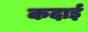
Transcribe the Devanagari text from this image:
कदाई